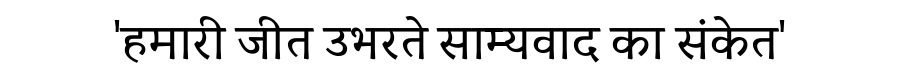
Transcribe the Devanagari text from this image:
'हमारी जीत उभरते साम्यवाद का संकेत'